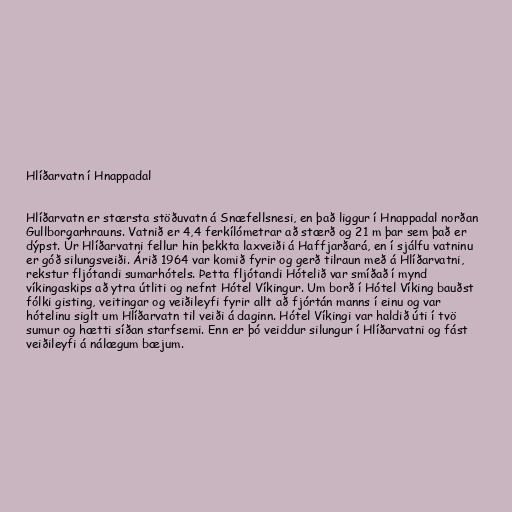
Hlíðarvatn í Hnappadal

Hlíðarvatn er stærsta stöðuvatn á Snæfellsnesi, en það liggur í Hnappadal norðan
Gullborgarhrauns. Vatnið er 4,4 ferkílómetrar að stærð og 21 m þar sem það er
dýpst. Úr Hlíðarvatni fellur hin þekkta laxveiði á Haffjarðará, en í sjálfu vatninu
er góð silungsveiði. Árið 1964 var komið fyrir og gerð tilraun með á Hlíðarvatni,
rekstur fljótandi sumarhótels. Þetta fljótandi Hótelið var smíðað í mynd
víkingaskips að ytra útliti og nefnt Hótel Víkingur. Um borð í Hótel Víking bauðst
fólki gisting, veitingar og veiðileyfi fyrir allt að fjórtán manns í einu og var
hótelinu siglt um Hlíðarvatn til veiði á daginn. Hótel Víkingi var haldið úti í tvö
sumur og hætti síðan starfsemi. Enn er þó veiddur silungur í Hlíðarvatni og fást
veiðileyfi á nálægum bæjum.